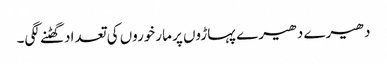
دھیرے دھیرے پہاڑوں پر مارخوروں کی تعداد گھٹنے لگی۔